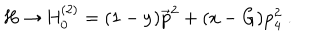
LaTeX: \mathrm { H \to H _ { 0 } ^ { ( 2 ) } = ( 1 - y ) \vec { p } ^ { 2 } + ( x - G ) p _ { 4 } ^ { 2 } ~ . }